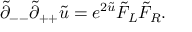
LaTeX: \tilde { \partial } _ { -- } \tilde { \partial } _ { + + } \tilde { u } = e ^ { 2 \tilde { u } } \tilde { F } _ { L } \tilde { F } _ { R } .